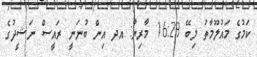
ކަމުގެ މައުލޫމާތު ލިބޭ 16:29 މާރިޔާ: އދ އިން ބުނަނީ ރައީސް ނަޝީދުގެ